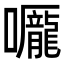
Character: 𡅃